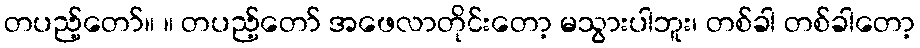
တပည့်တော်။ ။ တပည့်တော် အဖေလာတိုင်းတော့ မသွားပါဘူး၊ တစ်ခါ တစ်ခါတော့